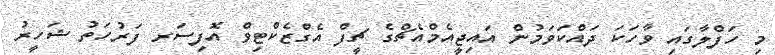
މި ހަފްލާގައި ވާހަކަ ދައްކަވަމުން އައިޖީއެމްއެޗްގެ ޗީފް އެގްޒެކްޓިވް އޮފިސަރ ފަރުހަތު ޝަހީރު